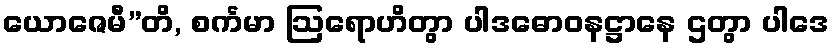
ယောဇေမီ”တိ, စင်္ကမာ ဩရောဟိတွာ ပါဒဓောဝနဋ္ဌာနေ ဌတွာ ပါဒေ